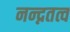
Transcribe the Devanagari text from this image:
नन्द्नतत्व